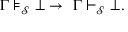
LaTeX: \Gamma \models _ { \mathcal { S } } \bot \to \ \Gamma \vdash _ { \mathcal { S } } \bot .